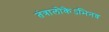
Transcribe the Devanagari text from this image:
तंत्रालोकेऽभिनव